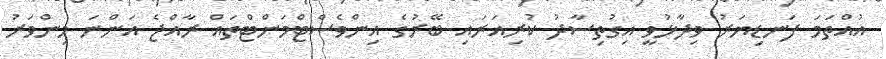
އުއްތަމަ ފަނޑިޔަރު ވިދާޅުވީ އިގުތިސާދު ކުރިއަރައި ބޭރުގެ އިންވެސްޓްމަންޓްތައް ރާއްޖެ އަންނަ މިންވަރު